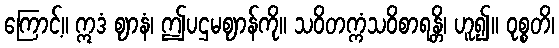
ကြောင့်။ ဣဒံ ဈာနံ၊ ဤပဌမဈာန်ကို။ သဝိတက္ကံသဝိစာရန္တိ၊ ဟူ၍။ ဝုစ္စတိ၊